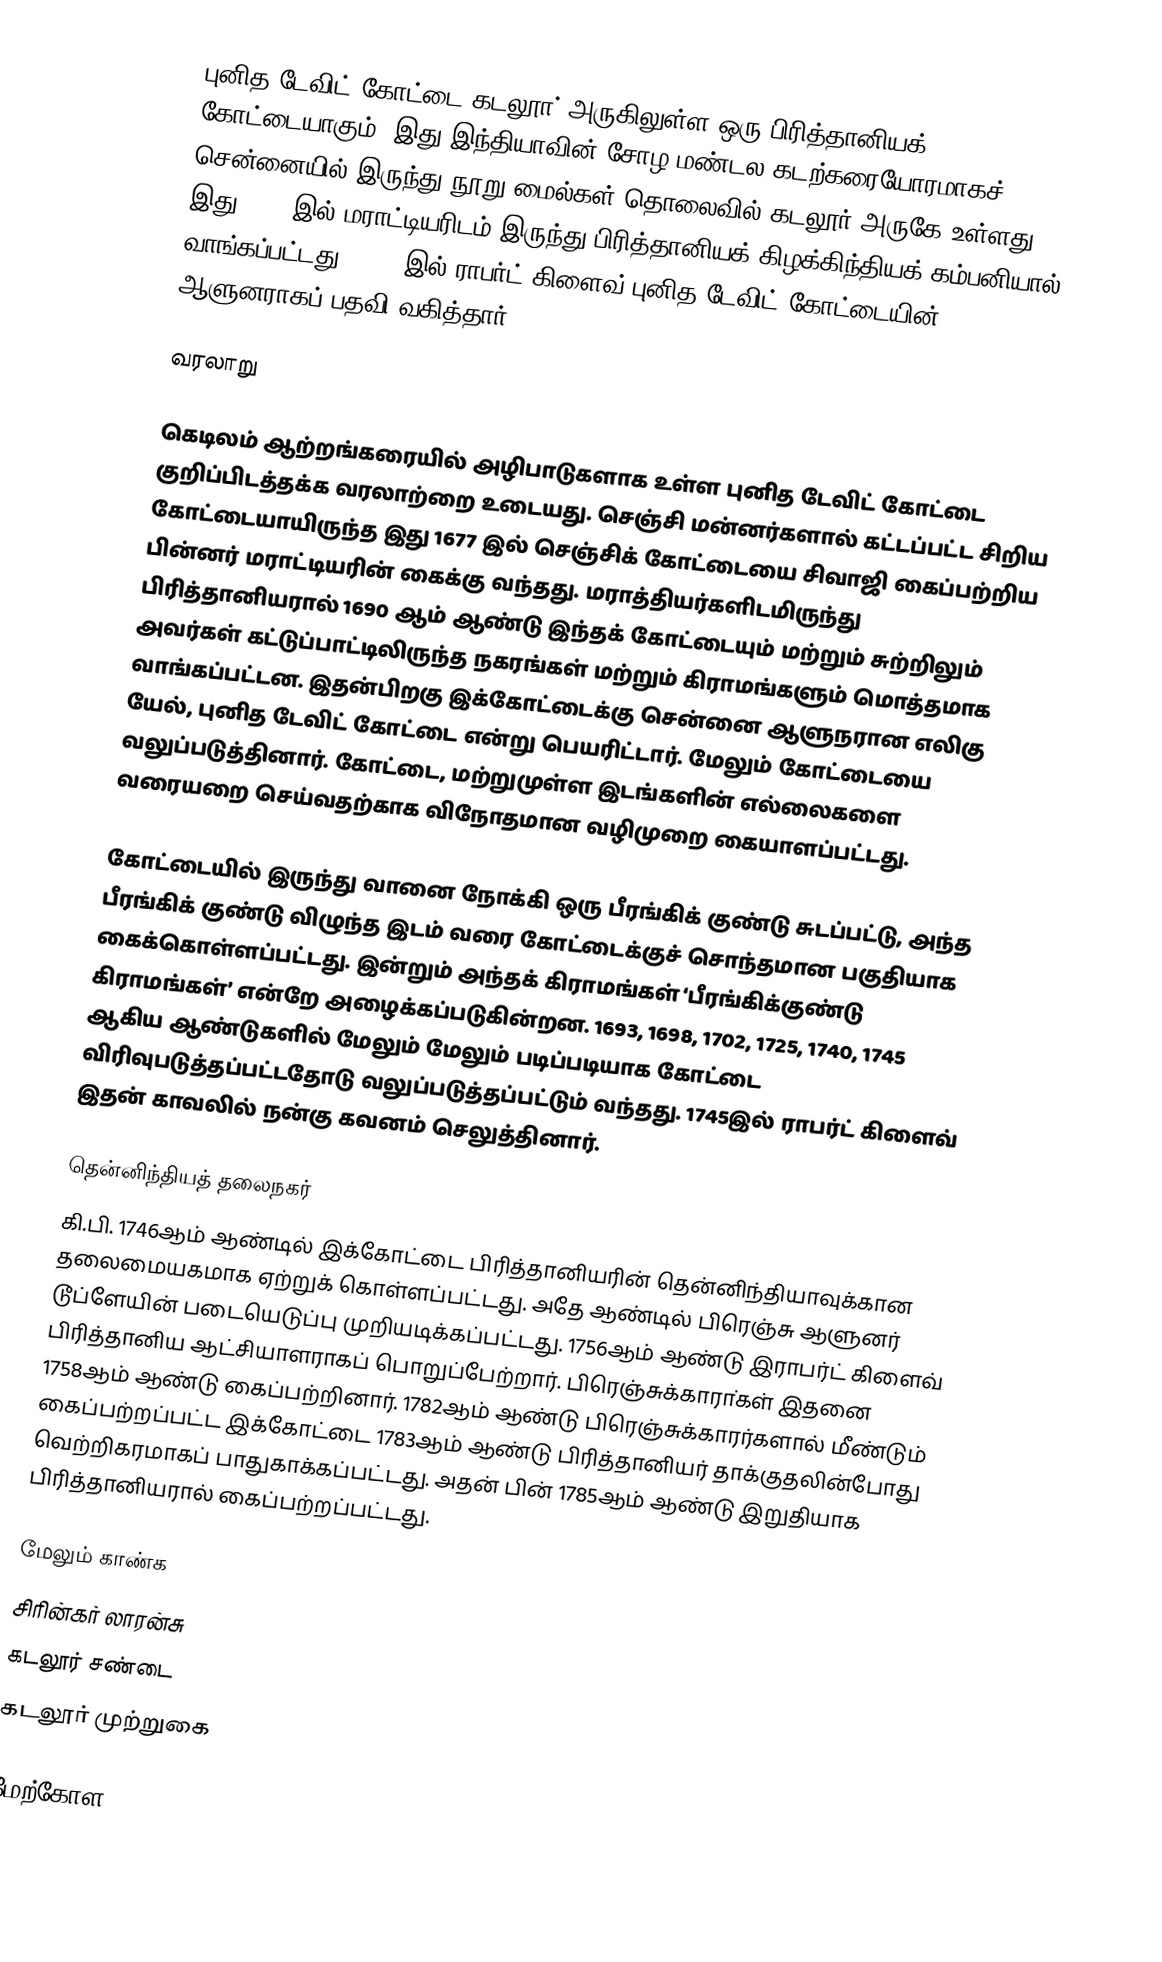
புனித டேவிட் கோட்டை கடலூா் அருகிலுள்ள ஒரு பிரித்தானியக் கோட்டையாகும். இது இந்தியாவின் சோழ மண்டல கடற்கரையோரமாகச் சென்னையில் இருந்து நூறு மைல்கள் தொலைவில் கடலூர் அருகே உள்ளது. இது 1650 இல் மராட்டியரிடம் இருந்து பிரித்தானியக் கிழக்கிந்தியக் கம்பனியால் வாங்கப்பட்டது. 1756 இல் ராபர்ட் கிளைவ் புனித டேவிட் கோட்டையின் ஆளுனராகப் பதவி வகித்தார்.

வரலாறு

கெடிலம் ஆற்றங்கரையில் அழிபாடுகளாக உள்ள புனித டேவிட் கோட்டை குறிப்பிடத்தக்க வரலாற்றை உடையது. செஞ்சி மன்னர்களால் கட்டப்பட்ட சிறிய கோட்டையாயிருந்த இது 1677 இல் செஞ்சிக் கோட்டையை சிவாஜி கைப்பற்றிய பின்னர் மராட்டியரின் கைக்கு வந்தது. மராத்தியர்களிடமிருந்து பிரித்தானியரால் 1690 ஆம் ஆண்டு இந்தக் கோட்டையும் மற்றும் சுற்றிலும் அவர்கள் கட்டுப்பாட்டிலிருந்த நகரங்கள் மற்றும் கிராமங்களும் மொத்தமாக வாங்கப்பட்டன. இதன்பிறகு இக்கோட்டைக்கு சென்னை ஆளுநரான எலிகு யேல், புனித டேவிட் கோட்டை என்று பெயரிட்டார். மேலும் கோட்டையை வலுப்படுத்தினார். கோட்டை, மற்றுமுள்ள இடங்களின் எல்லைகளை வரையறை செய்வதற்காக விநோதமான வழிமுறை கையாளப்பட்டது.

கோட்டையில் இருந்து வானை நோக்கி ஒரு பீரங்கிக் குண்டு சுடப்பட்டு, அந்த பீரங்கிக் குண்டு விழுந்த இடம் வரை கோட்டைக்குச் சொந்தமான பகுதியாக கைக்கொள்ளப்பட்டது. இன்றும் அந்தக் கிராமங்கள் ‘பீரங்கிக்குண்டு கிராமங்கள்’ என்றே அழைக்கப்படுகின்றன. 1693, 1698, 1702, 1725, 1740, 1745 ஆகிய ஆண்டுகளில் மேலும் மேலும் படிப்படியாக கோட்டை விரிவுபடுத்தப்பட்டதோடு வலுப்படுத்தப்பட்டும் வந்தது. 1745இல் ராபர்ட் கிளைவ் இதன் காவலில் நன்கு கவனம் செலுத்தினார்.

தென்னிந்தியத் தலைநகர்
கி.பி. 1746ஆம் ஆண்டில் இக்கோட்டை பிரித்தானியரின் தென்னிந்தியாவுக்கான தலைமையகமாக ஏற்றுக் கொள்ளப்பட்டது. அதே ஆண்டில் பிரெஞ்சு ஆளுனர் டூப்ளேயின் படையெடுப்பு முறியடிக்கப்பட்டது. 1756ஆம் ஆண்டு இராபர்ட் கிளைவ் பிரித்தானிய ஆட்சியாளராகப் பொறுப்பேற்றார். பிரெஞ்சுக்காரா்கள் இதனை 1758ஆம் ஆண்டு கைப்பற்றினார். 1782ஆம் ஆண்டு பிரெஞ்சுக்காரர்களால் மீண்டும் கைப்பற்றப்பட்ட இக்கோட்டை 1783ஆம் ஆண்டு பிரித்தானியர் தாக்குதலின்போது வெற்றிகரமாகப் பாதுகாக்கப்பட்டது. அதன் பின் 1785ஆம் ஆண்டு இறுதியாக பிரித்தானியரால் கைப்பற்றப்பட்டது.

மேலும் காண்க
சிரின்கர் லாரன்சு
கடலூர் சண்டை
கடலூர் முற்றுகை

மேற்கோள